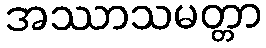
အဿာသမတ္တာ